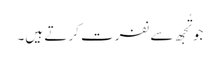
جو تُجھ سے نفرت کر تے ہیں۔